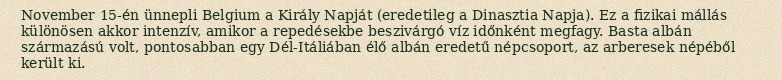
November 15-én ünnepli Belgium a Király Napját (eredetileg a Dinasztia Napja). Ez a fizikai mállás különösen akkor intenzív, amikor a repedésekbe beszivárgó víz időnként megfagy. Basta albán származású volt, pontosabban egy Dél-Itáliában élő albán eredetű népcsoport, az arberesek népéből került ki.